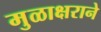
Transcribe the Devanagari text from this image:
मुळाक्षराने